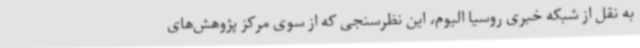
به نقل از شبکه خبری روسیا الیوم، این نظرسنجی که از سوی مرکز پژوهش‌های